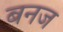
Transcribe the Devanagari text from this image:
बनज